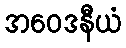
အဝေဒနီယံ